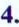
4.